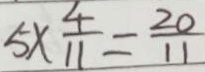
5 \times \frac { 4 } { 1 1 } = \frac { 2 0 } { 1 1 }